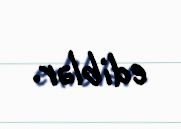
ediblər.